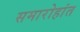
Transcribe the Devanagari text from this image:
समारोहांत